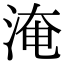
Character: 淹